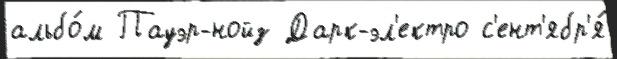
альбо́м Пауэр-нойз Дарк-эл'ектро с'ент'ябр'я́